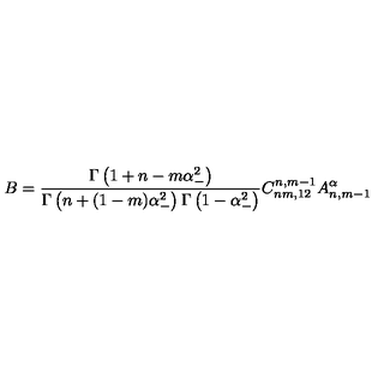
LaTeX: B = \frac { \Gamma \left( 1 + n - m \alpha _ { - } ^ { 2 } \right) } { \Gamma \left( n + ( 1 - m ) \alpha _ { - } ^ { 2 } \right) \Gamma \left( 1 - \alpha _ { - } ^ { 2 } \right) } C _ { n m , 1 2 } ^ { n , m - 1 } A _ { n , m - 1 } ^ { \alpha }